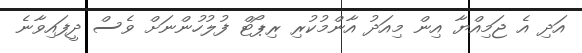
އަދި އެ ޖަމިއްޔާ އިން މިއަދު އާންމުކުރި ރިޕޯޓް ފުލުހުންނަށް ވެސް ދީފައިވާނެ